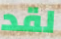
لقد